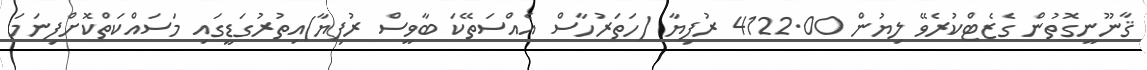
ޤާނޫނީގޮތުން ގެޒެޓްކުރެވޭ ލިޔުން 4122.00 ރުފިޔާ (ހަތަރުހާސް އެއްސަތޭކަ ބާވީސް ރުފިޔާ)އިތުރުގަޑީގައި މަސައްކަތްކޮށްފިނަމަ